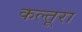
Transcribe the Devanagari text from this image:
कल्तूरा